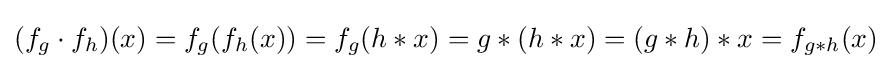
(f_{g}\cdot f_{h})(x)=f_{g}(f_{h}(x))=f_{g}(h*x)=g*(h*x)=(g*h)*x=f_{g*h}(x)